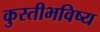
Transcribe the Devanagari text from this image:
कुस्तीभविष्य